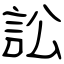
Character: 訟